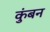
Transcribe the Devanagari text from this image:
कुंबन